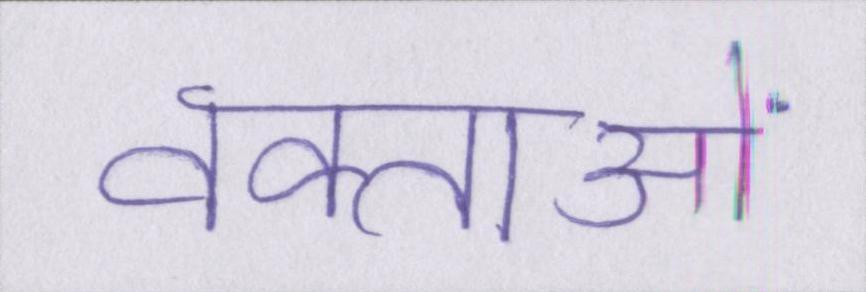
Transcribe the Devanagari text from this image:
वक्ताओं